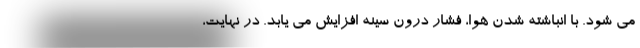
می شود. با انباشته شدن هوا، فشار درون سینه افزایش می یابد. در نهایت،